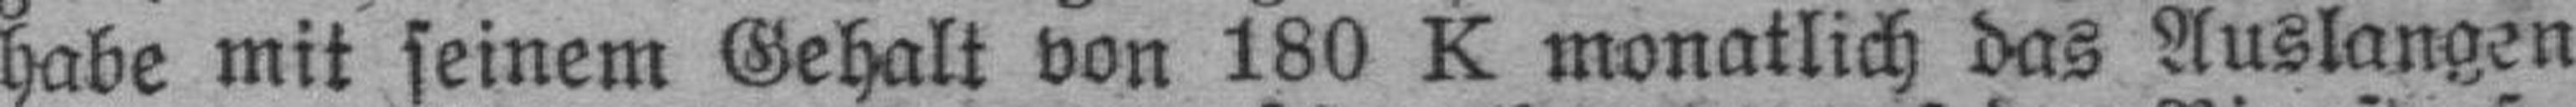
habe mit seinem Gehalt von 180 K monatlich das Auslangen